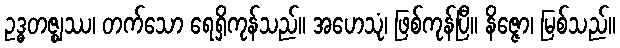
ဥဒ္ဓတဇ္ဈဿ၊ တက်သော ရေရှိကုန်သည်။ အဟေသုံ၊ ဖြစ်ကုန်ပြီ။ နိဇ္ဇော၊ မြစ်သည်။